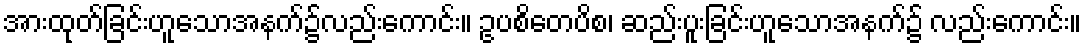
အားထုတ်ခြင်းဟူသောအနက်၌လည်းကောင်း။ ဥပစိတေပိစ၊ ဆည်းပူးခြင်းဟူသောအနက်၌ လည်းကောင်း။